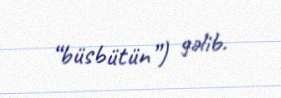
“büsbütün”) gəlib.